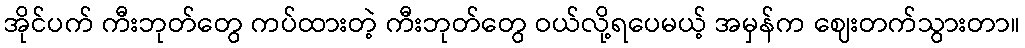
အိုင်ပက် ကီးဘုတ်တွေ ကပ်ထားတဲ့ ကီးဘုတ်တွေ ဝယ်လို့ရပေမယ့် အမှန်က ဈေးတက်သွားတာ။